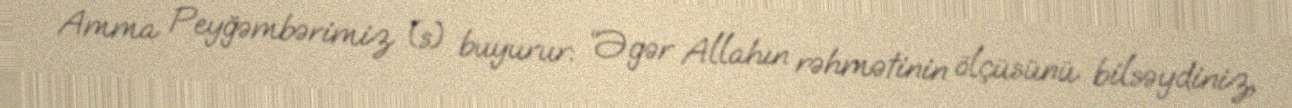
Amma Peyğəmbərimiz (s) buyurur: “Əgər Allahın rəhmətinin ölçüsünü bilsəydiniz,